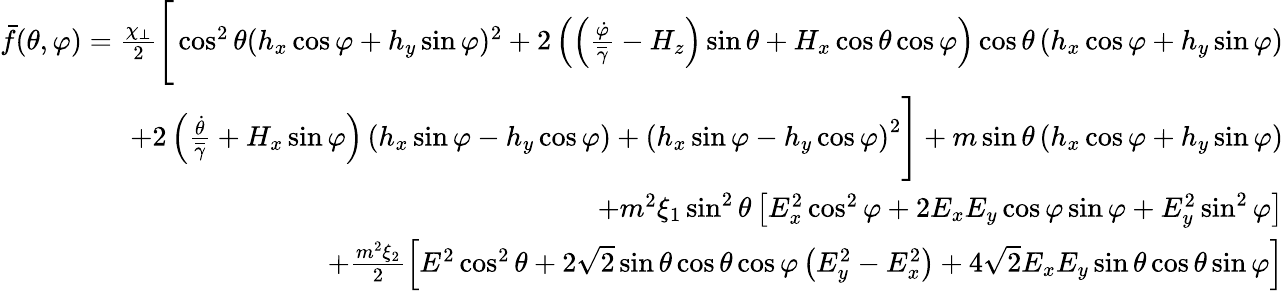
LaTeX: \begin{array}{r}{\bar{f}(\theta,\varphi)=\frac{\chi_{\perp}}{2}\Bigg[\cos^{2}\theta(h_{x}\cos\varphi+h_{y}\sin\varphi)^{2}+2\left(\left(\frac{\dot{\varphi}}{\overline{\gamma}}-H_{z}\right)\sin\theta+H_{x}\cos\theta\cos\varphi\right)\cos\theta\left(h_{x}\cos\varphi+h_{y}\sin\varphi\right)}\\ {+2\left(\frac{\dot{\theta}}{\overline{\gamma}}+H_{x}\sin\varphi\right)\left(h_{x}\sin\varphi-h_{y}\cos\varphi\right)+\left(h_{x}\sin\varphi-h_{y}\cos\varphi\right)^{2}\Bigg]+m\sin\theta\left(h_{x}\cos\varphi+h_{y}\sin\varphi\right)}\\ {+m^{2}\xi_{1}\sin^{2}\theta\left[E_{x}^{2}\cos^{2}\varphi+2E_{x}E_{y}\cos\varphi\sin\varphi+E_{y}^{2}\sin^{2}\varphi\right]}\\ {+\frac{m^{2}\xi_{2}}{2}\left[E^{2}\cos^{2}\theta+2\sqrt{2}\sin\theta\cos\theta\cos\varphi\left(E_{y}^{2}-E_{x}^{2}\right)+4\sqrt{2}E_{x}E_{y}\sin\theta\cos\theta\sin\varphi\right]}\end{array}